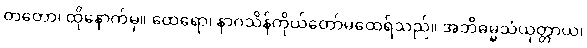
တတော၊ ထိုနောက်မှ။ ထေရော၊ နာဂသိန်ကိုယ်တော်မထေရ်သည်။ အဘိဓမ္မသံယုတ္တာယ၊